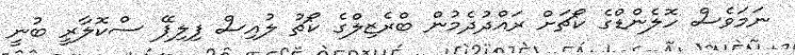
ނަމަވެސް ހޮލެންޑްގެ ކޯޗަށް ރައްދުދެމުން ބްރެޒިލްގެ ކޯޗު ލުއިސް ފިލިޕޭ ސްކޮލާރީ ބުނީ